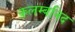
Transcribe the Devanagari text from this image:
क़लम्बनिद